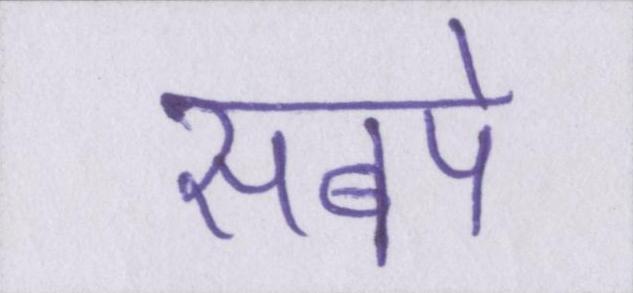
सबपे